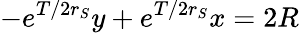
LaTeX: -e^{T/2r_{S}}y+e^{T/2r_{S}}x=2R